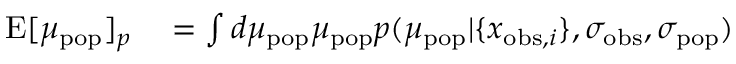
\begin{array} { r l } { \mathrm { E } [ \mu _ { \mathrm { p o p } } ] _ { p } } & { { } = \int d \mu _ { \mathrm { p o p } } \mu _ { \mathrm { p o p } } p ( \mu _ { \mathrm { p o p } } | \{ x _ { \mathrm { o b s } , i } \} , \sigma _ { \mathrm { o b s } } , \sigma _ { \mathrm { p o p } } ) } \end{array}